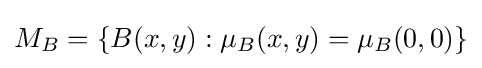
M_{B}=\{B(x,y):\mu _{B}(x,y)=\mu _{B}(0,0)\}